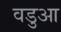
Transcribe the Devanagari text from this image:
वडुआ